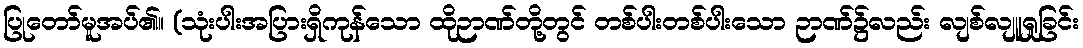
ပြုတော်မူအပ်၏။ (သုံးပါးအပြားရှိကုန်သော ထိုဉာဏ်တို့တွင် တစ်ပါးတစ်ပါးသော ဉာဏ်၌လည်း လျစ်လျူရှုခြင်း